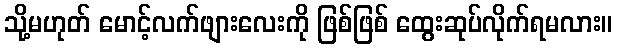
သို့မဟုတ် မောင့်လက်ဖျားလေးကို ဖြစ်ဖြစ် ထွေးဆုပ်လိုက်ရမလား။